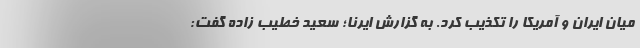
میان ایران و آمریکا را تکذیب کرد. به گزارش ایرنا؛ سعید خطیب زاده گفت: